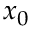
x _ { 0 }